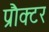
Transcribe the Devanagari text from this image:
प्रौक्टर